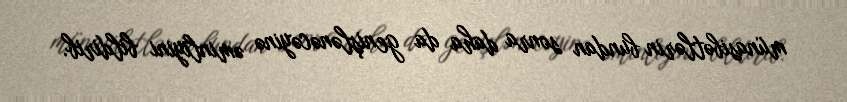
münasibətlərin bundan sonra daha da genişlənəcəyinə əminliyini bildirib.